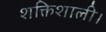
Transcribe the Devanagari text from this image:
शक्तिशाली।